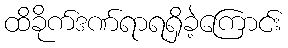
ထိခိုက်ဒဏ်ရာရရှိခဲ့ကြောင်း